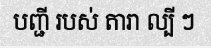
បញ្ជី របស់ តារា ល្បី ៗ